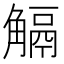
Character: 𧤜